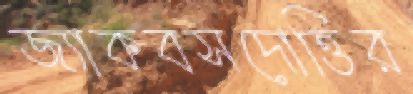
জ্যাকবসদোত্তির